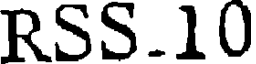
RSS.10